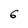
Character: 6